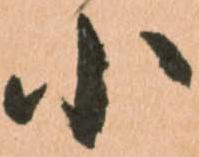
小